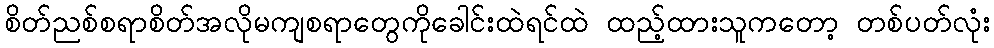
စိတ်ညစ်စရာစိတ်အလိုမကျစရာတွေကိုခေါင်းထဲရင်ထဲ ထည့်ထားသူကတော့ တစ်ပတ်လုံး